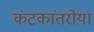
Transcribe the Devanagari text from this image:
कंटकांतरोया